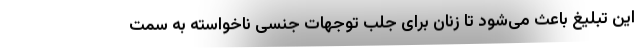
این تبلیغ باعث می‌شود تا زنان برای جلب توجهات جنسی ناخواسته به سمت